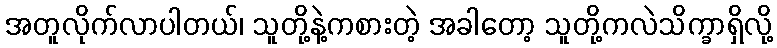
အတူလိုက်လာပါတယ်၊ သူတို့နဲ့ကစားတဲ့ အခါတော့ သူတို့ကလဲသိက္ခာရှိလို့